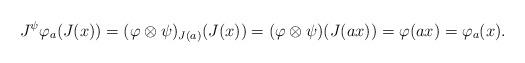
LaTeX: \begin{align*}J^\psi \varphi_a (J(x)) = (\varphi \otimes \psi)_{J(a)}(J(x)) = (\varphi \otimes \psi)(J(ax)) = \varphi(ax) = \varphi_a(x).\end{align*}